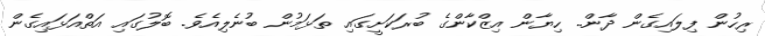
ރިހުން ފިލައިގެން ދާން.. ހިޔާން އިޒްކާންގެ ބުރަކަށީގައި ތަޅަމުން ބުނެލިއެވެ. ބޮލުގައި އަތްއަޅައިގެން